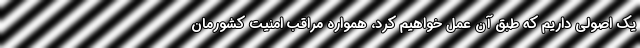
یک اصولی داریم که طبق آن عمل خواهیم کرد، همواره مراقب امنیت کشورمان